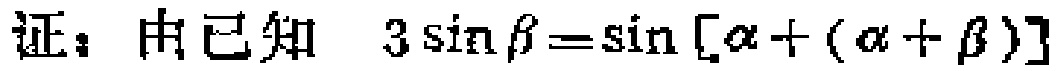
证：由已知 \(3\sin\beta=\sin[\alpha + (\alpha+\beta)]\)